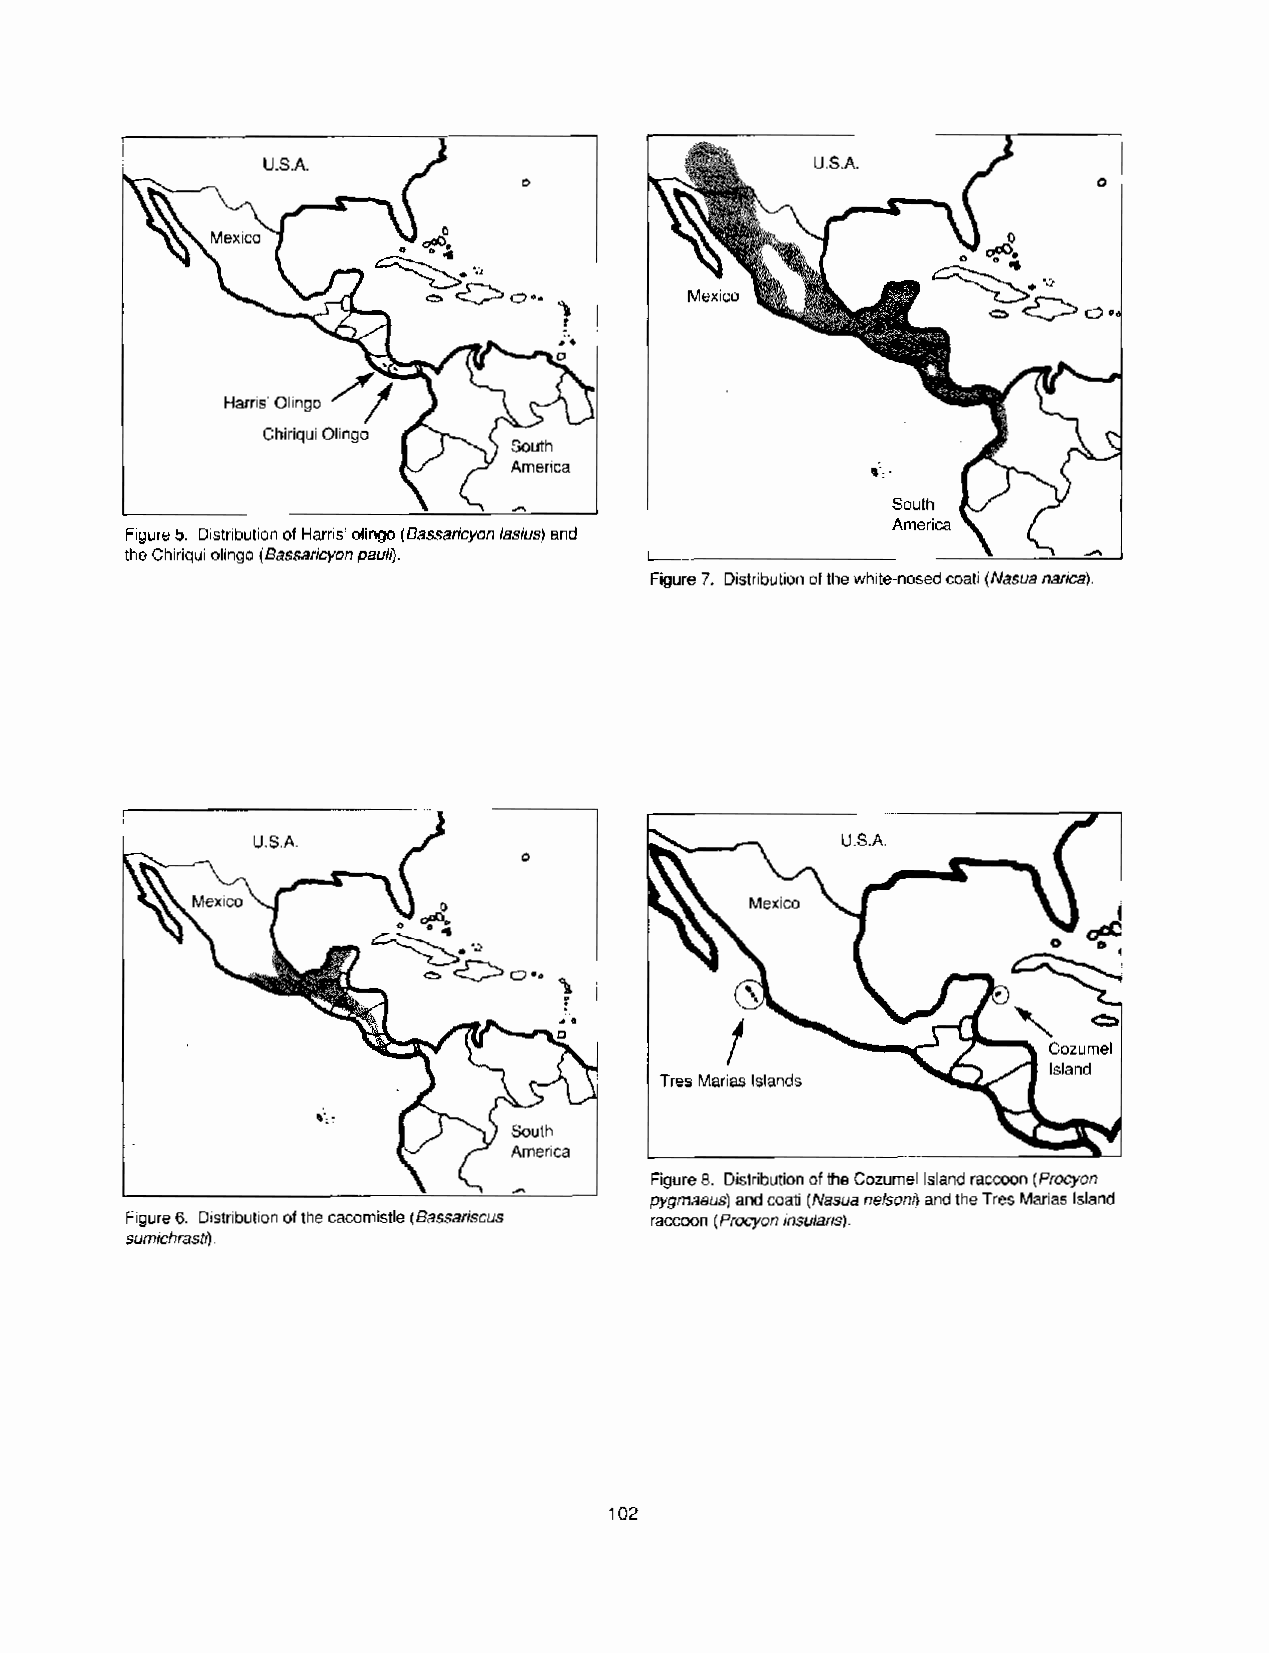
,outh
 America
 America
 Figure 5. Distribution of Harris’ olingo (Bassaricyon /&us) and
 the Chiriqui olingo (Bassaricyon pa&).                 \    L
 Figure 7. Distribution of the white-nosed coati (Nasua narica).
 U.S.A.    /1
 Tres Marias Islands
 Figure 8. Distribution of the Cozumel Island raccoon (Procyon
 pygmaeus) and’ coati (Nasua nelsonl) and the Tres Marias Island
 Figure 6. Distribution of the cacomistle (Bassariscus raccoon (Procyon insularis).
 sumichrastl.)
 102